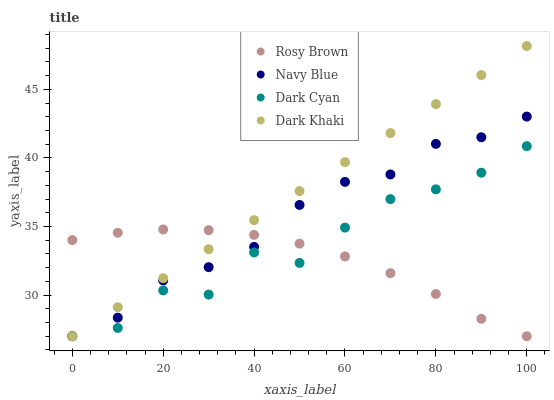
| xaxis_label | Rosy Brown | Navy Blue | Dark Cyan | Dark Khaki |
 | --- | --- | --- | --- | --- |
 | 0 | 34 | 27 | 27 | 27 |
 | 10 | 34.5 | 28.4 | 27.6 | 29.1 |
 | 20 | 34.8 | 31.1 | 30.3 | 31.2 |
 | 30 | 34.7 | 32 | 30 | 33.3 |
 | 40 | 34.4 | 33.5 | 33.1 | 35.5 |
 | 50 | 33.8 | 36.6 | 32.3 | 37.6 |
 | 60 | 32.8 | 38.3 | 34.9 | 39.7 |
 | 70 | 31.6 | 38.8 | 37 | 41.8 |
 | 80 | 30.1 | 41 | 37.7 | 43.9 |
 | 90 | 28.3 | 41.5 | 38.9 | 46 |
 | 100 | 27 | 43 | 40.9 | 48.2 |